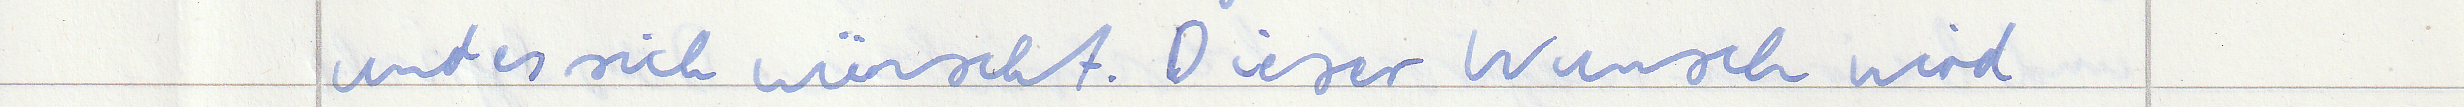
und es sich wünscht. Dieser Wunsch wird